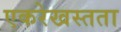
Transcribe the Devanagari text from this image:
एकरेखस्तता